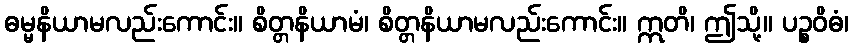
ဓမ္မနိယာမလည်းကောင်း။ စိတ္တနိယာမံ၊ စိတ္တနိယာမလည်းကောင်း။ ဣတိ၊ ဤသို့။ ပဉ္စဝိဓံ၊